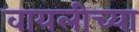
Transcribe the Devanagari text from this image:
वायलीच्या